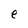
Character: e